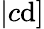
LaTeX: |c\mathrm{d}]